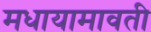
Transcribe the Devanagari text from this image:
मधायामावती